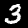
Label: 3